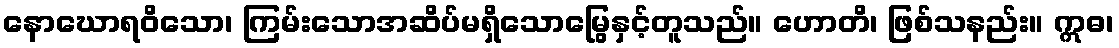
နောဃောရဝိသော၊ ကြမ်းသောအဆိပ်မရှိသောမြွေနှင့်တူသည်။ ဟောတိ၊ ဖြစ်သနည်း။ ဣဓ၊